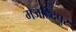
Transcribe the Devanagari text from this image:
मजहिदपुर